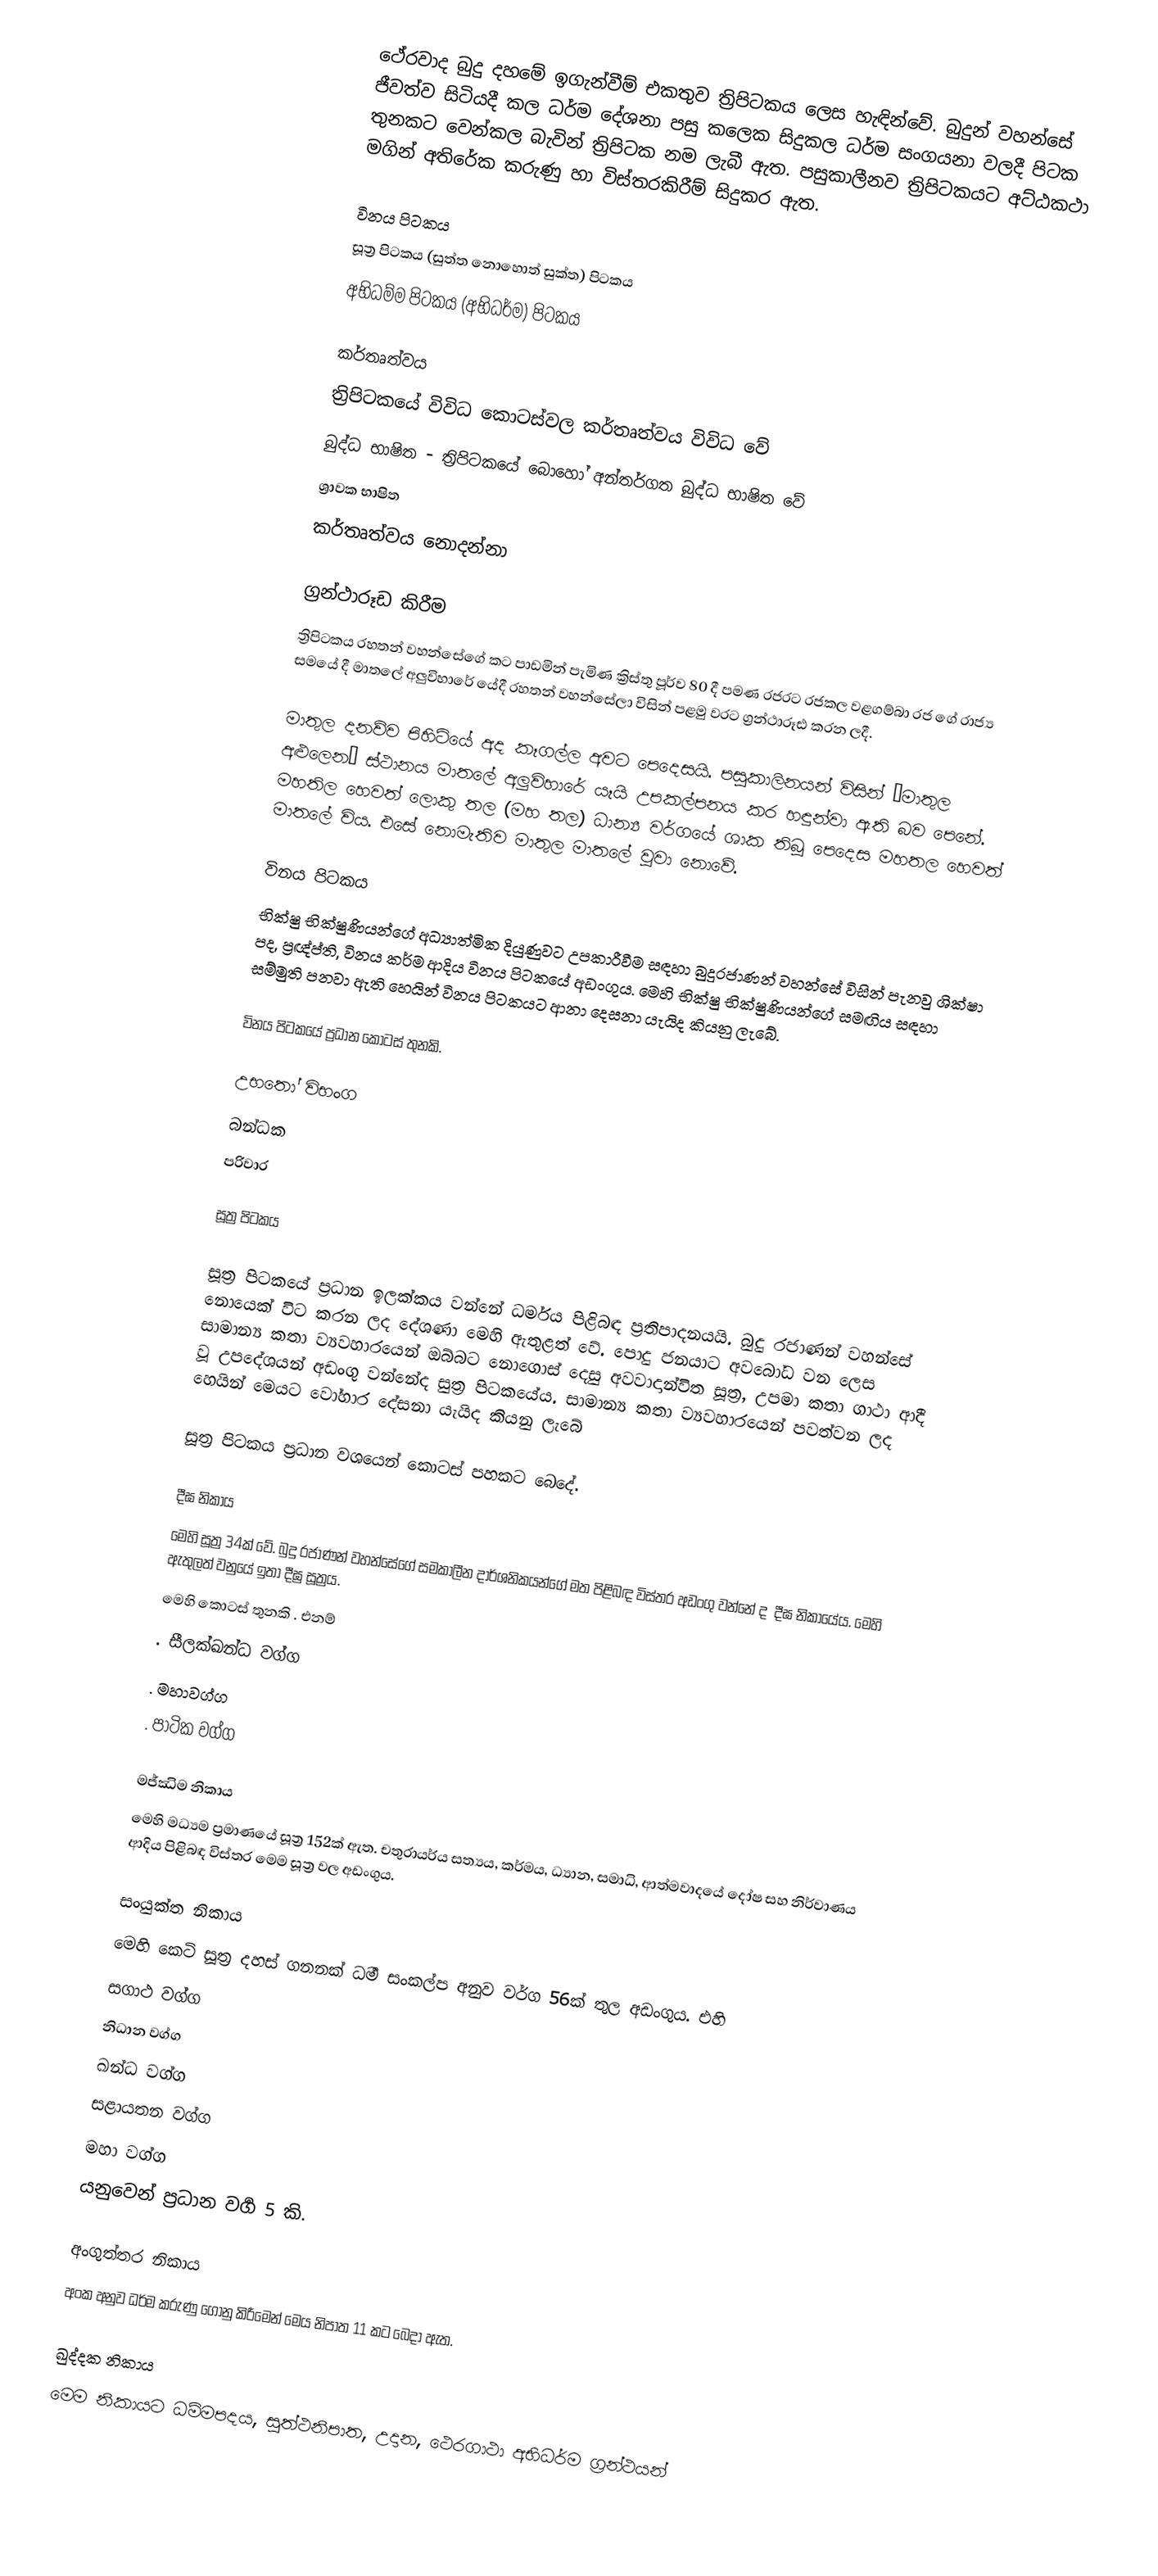
ථේරවාද  බුදු දහමේ   ඉගැන්වීම් එකතුව ත්‍රිපිටකය ලෙස හැඳින්වේ. බුදුන් වහන්සේ ජීවත්ව සිටියදී කල ධර්ම දේශනා පසු කලෙක සිදුකල ධර්ම සංගයනා වලදී පිටක තුනකට වෙන්කල බැවින් ත්‍රිපිටක නම ලැබී ඇත. පසුකාලීනව ත්‍රිපිටකයට අට්ඨකථා මගින් අතිරේක කරුණු හා විස්තරකිරීම් සිදුකර ඇත.

 විනය පිටකය
 සූත්‍ර පිටකය  (සුත්ත නොහොත් සුක්ත) පිටකය
 අභිධම්ම පිටකය (අභිධර්ම) පිටකය

කර්තෘත්වය
ත්‍රිපිටකයේ විවිධ කොටස්වල කර්තෘත්වය විවිධ වේ
 බුද්ධ භාෂිත - ත්‍රිපිටකයේ බොහෝ අන්තර්ගත බුද්ධ භාෂිත වේ
 ශ්‍රාවක භාෂිත
 කර්තෘත්වය නොදන්නා

ග්‍රන්ථාරූඩ කිරීම
ත්‍රිපිටකය රහතන් වහන්සේගේ කට පාඩමින් පැමිණ ක්‍රිස්තු පූර්ව 80 දී පමණ රජරට රජකල වළගම්බා රජ ගේ රාජ්‍ය සමයේ දී  මාතලේ  අලුවිහාරේ යේදී රහතන් වහන්සේලා විසින් පළමු වරට ග්‍රන්ථාරූඪ කරන ලදී.

මාතුල දනව්ව පිහිටියේ අද කෑගල්ල අවට පෙදෙසයි.  පසුකාලිනයන් විසින් ‘මාතුල අළුලෙන’ ස්ථානය මාතලේ අලුවිහාරේ යෑයි උපකල්පනය කර හඳුන්වා ඇති බව පෙනේ. මහතිල හෙවත් ලොකු තල (මහ තල) ධාන්‍ය වර්ගයේ ශාක තිබූ පෙදෙස මහතල හෙවත් මාතලේ විය. එසේ නොමැතිව මාතුල මාතලේ වූවා නොවේ.

විනය පිටකය
භික්ෂු භික්ෂුණියන්ගේ අධ්‍යාත්මික දියුණුවට උපකාරීවීම සඳහා බුදුරජාණන් වහන්සේ විසින් පැනවු ශික්ෂා පද, ප්‍රඥ්ප්ති, විනය කර්ම ආදිය විනය පිටකයේ අඩංගුය. මෙහි භික්ෂු භික්ෂුණියන්ගේ සමඟිය සඳහා සම්මුති පනවා ඇති හෙයින් විනය පිටකයට ආනා දෙසනා යැයිද කියනු ලැබේ.

විනය පිටකයේ ප්‍රධාන කොටස් තුනකි.

උභතෝ විභංග
බන්ධක
පරිවාර

සූත්‍ර පිටකය

සූත්‍ර  පිටකයේ ප්‍රධාන ඉලක්කය වන්නේ ධර්මය පිළිබඳ ප්‍රතිපාදනයයි. බුදු රජාණන් වහන්සේ නොයෙක් විට කරන ලද දේශණා මෙහි ඇතුළත් වේ. පොදු  ජනයාට අවබෝධ වන ලෙස සාමාන්‍ය කතා ව්‍යවහාරයෙන් ඔබ්බට නොගොස් දෙසු අවවාදාන්විත සූත්‍ර, උපමා කතා ගාථා ආදී වූ උපදේශයන් අඩංගු වන්නේද සුත්‍ර පිටකයේය. සාමාන්‍ය කතා ව්‍යවහාරයෙන් පවත්වන ලද හෙයින් මෙයට වෝහාර දේසනා යැයිද කියනු ලැබේ

සූත්‍ර  පිටකය ප්‍රධාන වශයෙන් කොටස් පහකට බෙදේ.

දීඝ නිකාය
මෙහි සූත්‍ර 34ක් වේ. බුදු රජාණන් වහන්සේගේ සමකාලීන දාර්ශනිකයන්ගේ මත පිළිබඳ විස්තර අඩංගු වන්නේ ද ‍ දීඝ නිකායේය. මෙහි ඇතුලත් වනුයේ ඉතා දීඝ්‍ර සූත්‍රය.
මෙහි  කොටස් තුනකි . එනම්
. සීලක්ඛන්ධ වග්ග
. මහාවග්ග
. පාටික වග්ග

මජ්ඣිම නිකාය
මෙහි මධ්‍යම ප්‍රමාණයේ සූත්‍ර 152ක් ඇත. චතුරායර්ය  සත්‍යය, කර්මය, ධ්‍යාන, සමාධි, ආත්මවාදයේ දෝෂ සහ නිර්වාණය ආදිය පිළිබඳ විස්තර මෙම සූත්‍ර වල අඩංගුය.

සංයුක්ත නිකාය
මෙහි කෙටි සූත්‍ර දහස් ගනනක්  ධර්‍ම සංකල්ප අනුව වර්ග 56ක් තුල අඩංගුය. එහි
 සගාථ වග්ග
 නිධාන වග්ග
 ඛන්ධ වග්ග
 සළායතන වග්ග
 මහා වග්ග
යනුවෙන් ප්‍රධාන වර්‍ග 5 කි.

අංගුත්තර නිකාය
අංක අනුව ධර්ම කරුණු ගොනු කිරීමෙන් මෙය නිපාත 11 කට බෙදා ඇත.

ඛුද්දක නිකාය
මෙම නිකායට ධම්මපදය, සුත්ථනිපාත, උදාන, ථෙරගාථා  අභිධර්ම ග්‍රන්ථයන්